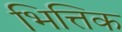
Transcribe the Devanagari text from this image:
भित्तिक